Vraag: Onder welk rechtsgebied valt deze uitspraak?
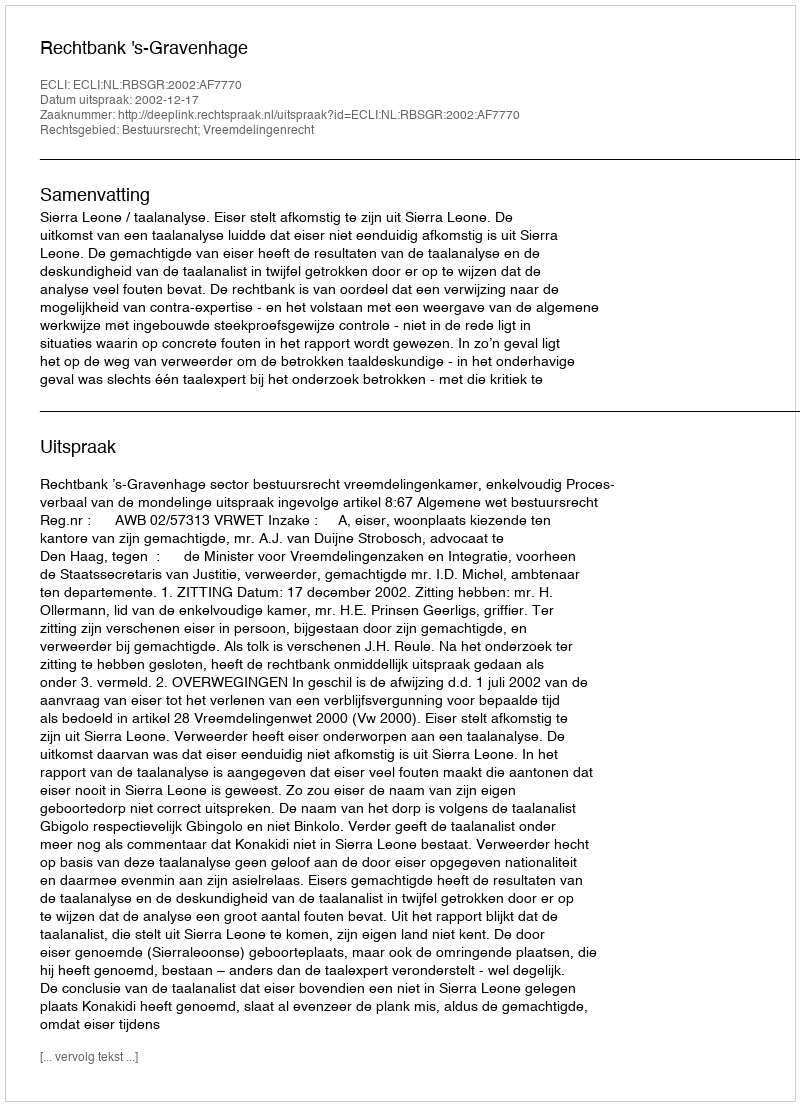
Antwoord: Bestuursrecht; Vreemdelingenrecht